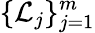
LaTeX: \{ {\mathcal{L}}_{j}\} _{j=1}^{m}